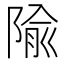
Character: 隃